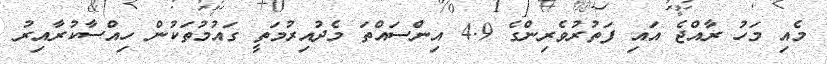
މެއި މަހު ރާއްޖެ އައި ފަތުރުވެރިންގެ 4.9 އިންސައްތަ މެދުއިރުމަތީ ގައުމުތަކުން ހިއްސާކުރާއިރު